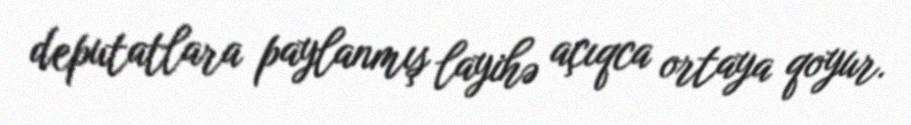
deputatlara paylanmış layihə açıqca ortaya qoyur.